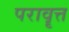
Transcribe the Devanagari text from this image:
परावॄत्त